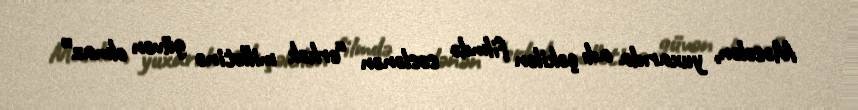
Məsələn, yuxarıda adı çəkilən filmdə səslənən “erkək millətinə güvən olmaz”